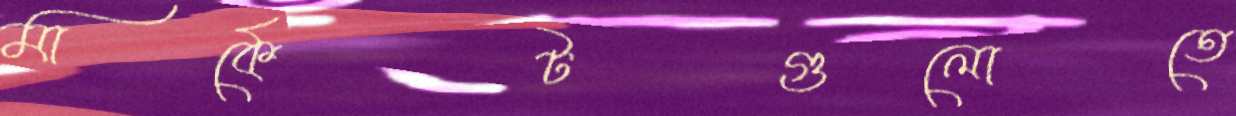
মার্কেটগুলোতে